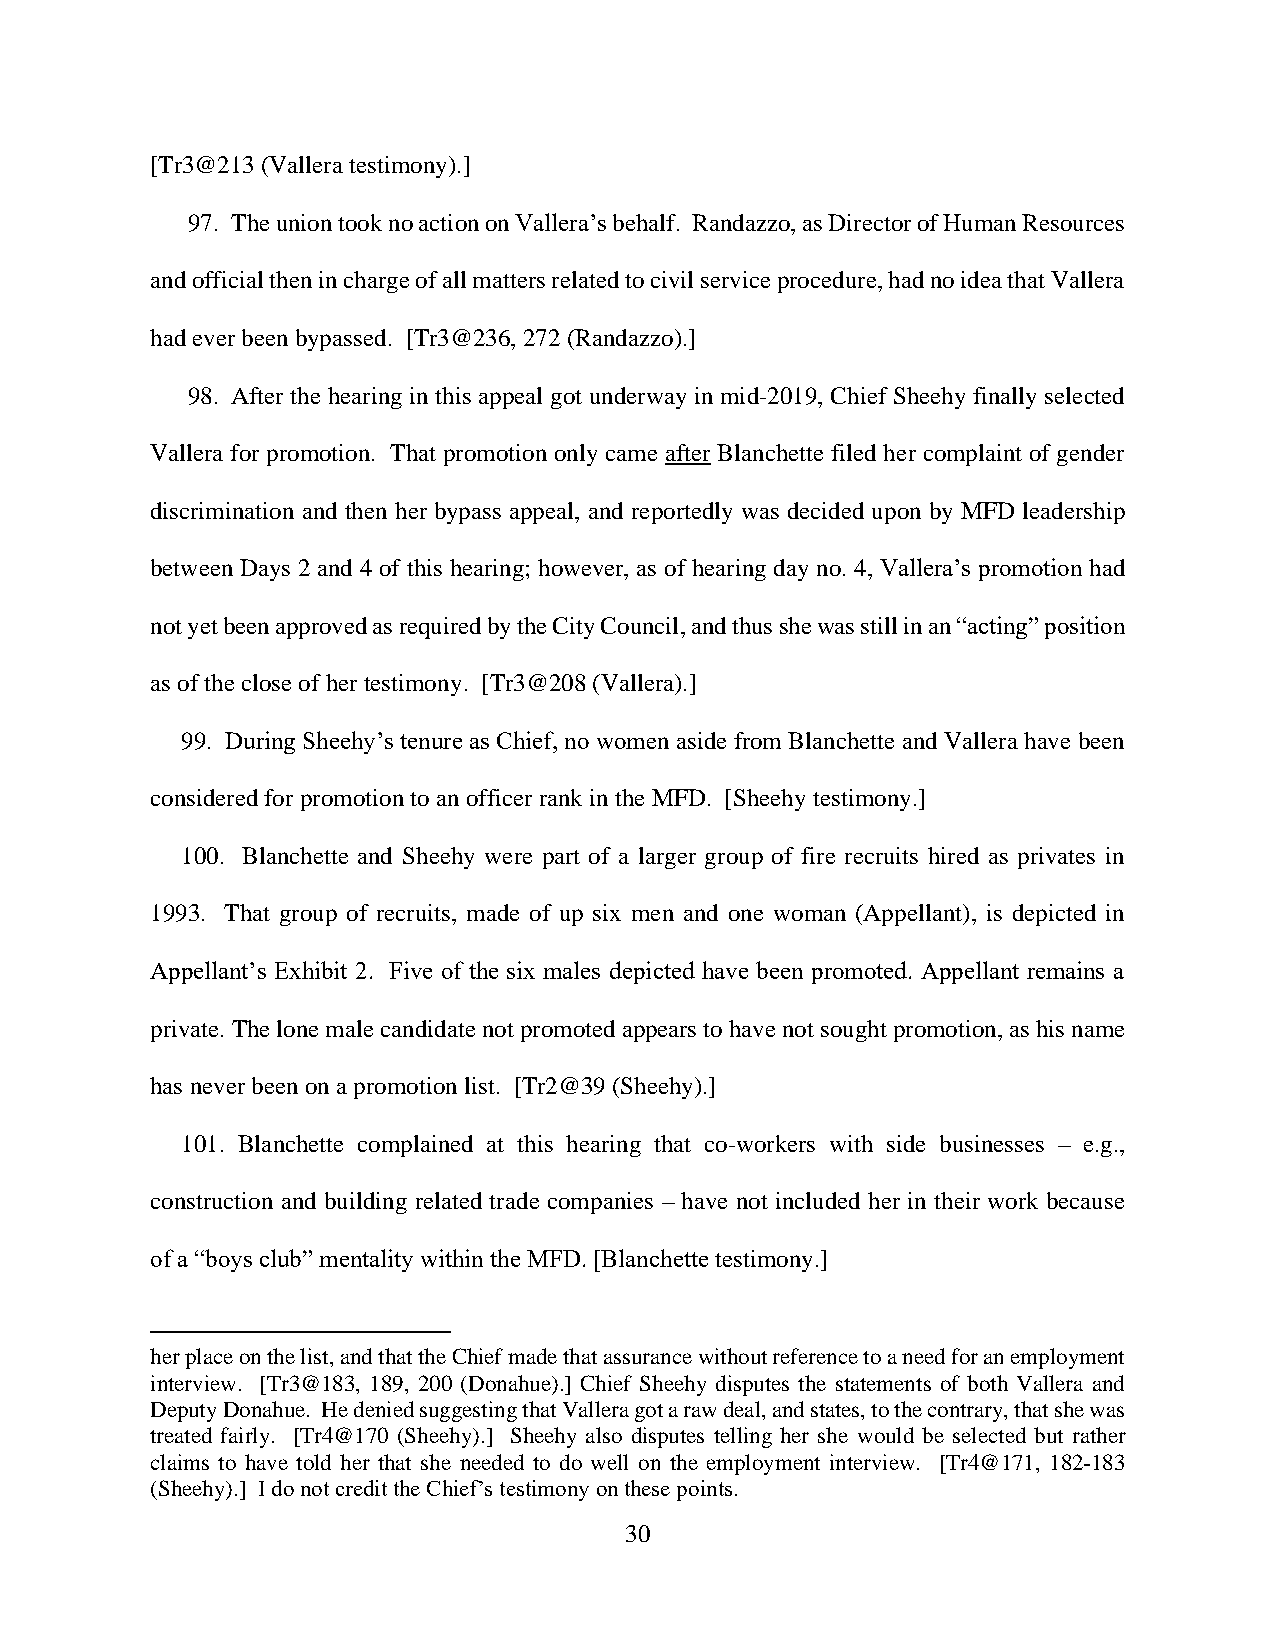
[Tr3@213 (Vallera testimony).]
 97. The union took no action on Vallera’s behalf. Randazzo, as Director of Human Resources
 and official then in charge of all matters related to civil service procedure, had no idea that Vallera
 had ever been bypassed. [Tr3@236, 272 (Randazzo).]
 98. After the hearing in this appeal got underway in mid-2019, Chief Sheehy finally selected
 Vallera for promotion. That promotion only came after Blanchette filed her complaint of gender
 discrimination and then her bypass appeal, and reportedly was decided upon by MFD leadership
 between Days 2 and 4 of this hearing; however, as of hearing day no. 4, Vallera’s promotion had
 not yet been approved as required by the City Council, and thus she was still in an “acting” position
 as of the close of her testimony. [Tr3@208 (Vallera).]
 99. During Sheehy’s tenure as Chief, no women aside from Blanchette and Vallera have been
 considered for promotion to an officer rank in the MFD. [Sheehy testimony.]
 100. Blanchette and Sheehy were part of a larger group of fire recruits hired as privates in
 1993. That group of recruits, made of up six men and one woman (Appellant), is depicted in
 Appellant’s Exhibit 2. Five of the six males depicted have been promoted. Appellant remains a
 private. The lone male candidate not promoted appears to have not sought promotion, as his name
 has never been on a promotion list. [Tr2@39 (Sheehy).]
 101. Blanchette complained at this hearing that co-workers with side businesses – e.g.,
 construction and building related trade companies – have not included her in their work because
 of a “boys club” mentality within the MFD. [Blanchette testimony.]
 her place on the list, and that the Chief made that assurance without reference to a need for an employment
 interview. [Tr3@183, 189, 200 (Donahue).] Chief Sheehy disputes the statements of both Vallera and
 Deputy Donahue. He denied suggesting that Vallera got a raw deal, and states, to the contrary, that she was
 treated fairly. [Tr4@170 (Sheehy).] Sheehy also disputes telling her she would be selected but rather
 claims to have told her that she needed to do well on the employment interview. [Tr4@171, 182-183
 (Sheehy).] I do not credit the Chief’s testimony on these points.
 30